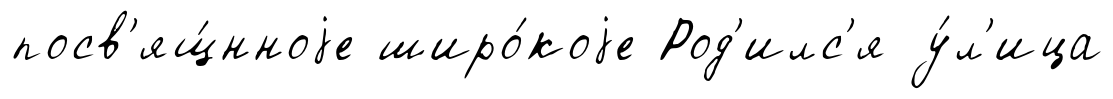
посв'ящ́нноjе широ́коjе Род'илс'я у́л'ица